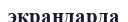
экрандарда